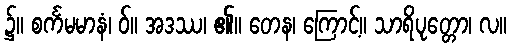
၌။ စင်္ကမမာနံ၊ ဝ်။ အဒဿ၊ ၏။ တေန၊ ကြောင့်။ သာရိပုတ္တော၊ လ။